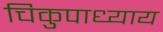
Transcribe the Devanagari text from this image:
चिकुपाध्याय